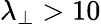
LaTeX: \lambda_{\perp}>10